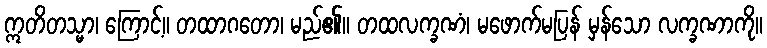
ဣတိတသ္မာ၊ ကြောင့်။ တထာဂတော၊ မည်၏။ တထလက္ခဏံ၊ မဖောက်မပြန် မှန်သော လက္ခဏာကို။